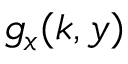
g _ { x } ( k , y )